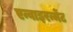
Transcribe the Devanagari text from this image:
एन्वाइरन्मेंट